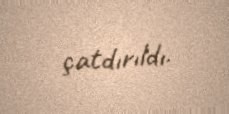
çatdırıldı.